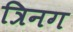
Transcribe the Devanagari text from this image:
त्रिनग